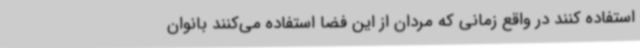
استفاده کنند در واقع زمانی که مردان از این فضا استفاده می‌کنند بانوان